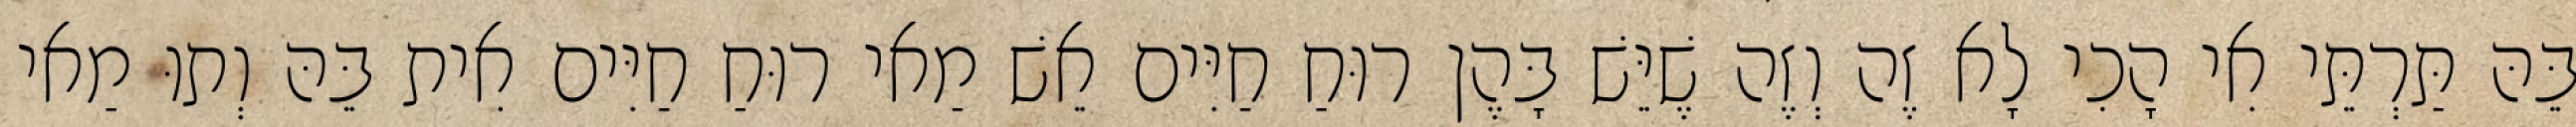
בֵּהּ תַּרְתֵּי אִי הָכִי לָא זֶה וְזֶה שֶׁיֵּשׁ בָּהֶן רוּחַ חַיִּים אֵשׁ מַאי רוּחַ חַיִּים אִית בֵּהּ וְתוּ מַאי